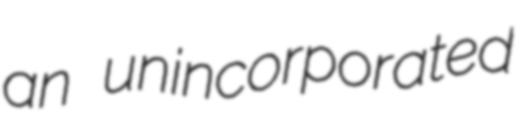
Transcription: an unincorporated